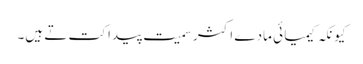
کیونکہ کیمیا ئی مادے اکثر سمیت پیدا کت تے ہیں۔